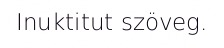
Inuktitut szöveg.